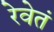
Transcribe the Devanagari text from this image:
रेवेतं